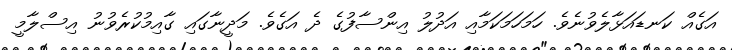
އަގެއް ކަނޑައަޅާލެވުނެވެ. ހަމަހަމަކަމާއި އަދުލު އިންސާފުގެ ދެ އަގެވެ. މަދީނާގައި ގާއިމުކުރެވުނު އިސްލާމީ